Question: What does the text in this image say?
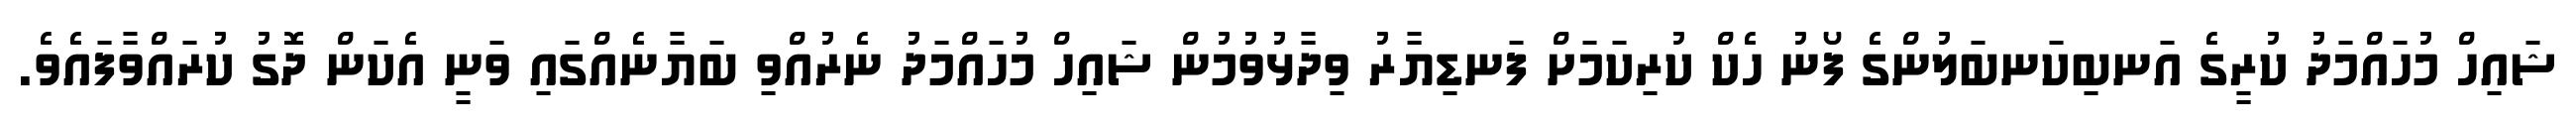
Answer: ޝައިހް މުހައްމަދު ކުރީގެ އަނބިކަނބަލުންގެ ފޯނު ހެކް ކުރިކަމަށް ފަނޑިޔާރު ވިދާޅުވުމުން ޝައިހް މުހައްމަދު ނެރުއްވި ބަޔާނެއްގައި ވަނީ އެކަން ދޮގު ކުރައްވާފައެވެ.